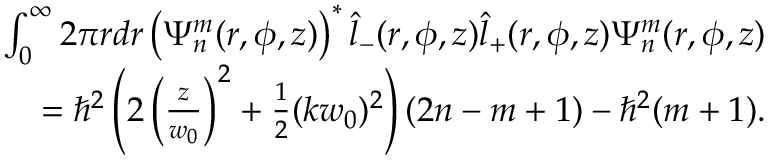
\begin{array} { r l r } & { } & { \int _ { 0 } ^ { \infty } 2 \pi r d r \left( \Psi _ { n } ^ { m } ( r , \phi , z ) \right) ^ { * } \hat { l } _ { - } ( r , \phi , z ) \hat { l } _ { + } ( r , \phi , z ) \Psi _ { n } ^ { m } ( r , \phi , z ) } \\ & { } & { = \hbar ^ { 2 } \left( 2 \left( \frac { z } { w _ { 0 } } \right) ^ { 2 } + \frac { 1 } { 2 } ( k w _ { 0 } ) ^ { 2 } \right) ( 2 n - m + 1 ) - \hbar ^ { 2 } ( m + 1 ) . } \end{array}